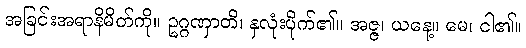
အခြင်းအရာနိမိတ်ကို။ ဥဂ္ဂဏှာတိ၊ နှလုံးပိုက်၏။ အဇ္ဇ၊ ယနေ့။ မေ၊ ငါ၏။